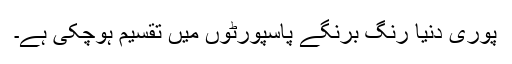
پوری دنیا رنگ برنگے پاسپورٹوں میں تقسیم ہوچکی ہے۔